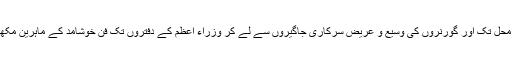
آج بھی صورتِ حال مختلف نہیں‘ ایوانِ صدر سے لے کر وزیراعظم کے عالیشان محل تک اور گورنروں کی وسیع و عریض سرکاری جاگیروں سے لے کر وزراء اعظم کے دفتروں تک فنِ خوشامد کے ماہرین مکھیوں کی طرح بھنبھنا رہے ہیں اور جس کو گُڑ سمجھتے ہیں وہ کچھ اور شے ہے۔